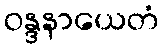
ဝန္ဒနာယေတံ